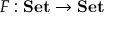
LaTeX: F : \mathrm { \bf { S e t } } \to \mathrm { \bf { S e t } }